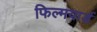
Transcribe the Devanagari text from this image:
फिल्मयार्ड